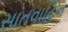
સાતવાહિન